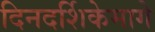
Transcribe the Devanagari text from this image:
दिनदर्शिकेमागे